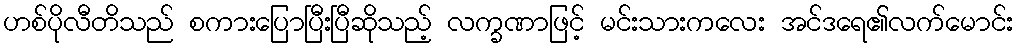
ဟစ်ပိုလီတိသည် စကားပြောပြီးပြီဆိုသည့် လက္ခဏာဖြင့် မင်းသားကလေး အင်ဒရေ၏လက်မောင်း